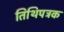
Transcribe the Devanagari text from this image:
तिथिपत्रक